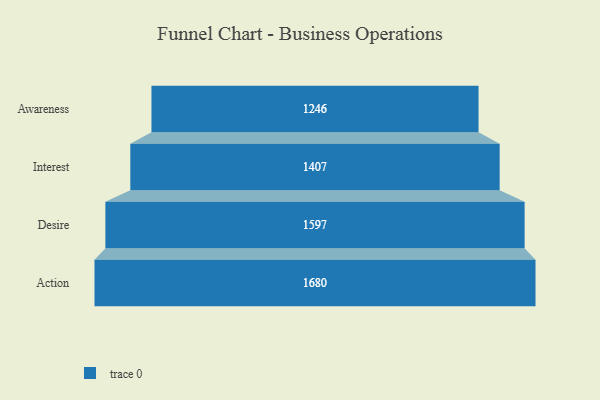
{"axis": {"x": "Stage", "y": "Value"}, "legend": [""], "data": [{"x": "Awareness", "y": 1246.0, "type": ""}, {"x": "Interest", "y": 1407.0, "type": ""}, {"x": "Desire", "y": 1597.0, "type": ""}, {"x": "Action", "y": 1680.0, "type": ""}]}